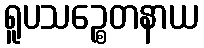
ရူပသဉ္စေတနာယ